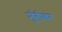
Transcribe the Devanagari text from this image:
मुंगीकर